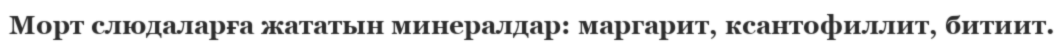
Морт слюдаларға жататын минералдар: маргарит, ксантофиллит, битиит.